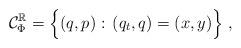
LaTeX: \begin{align*}\mathcal{C}^\mathbb{R}_{\Phi}=\Big\{(q,p):\, (q_t,q)=(x,y)\Big\} \ ,\end{align*}